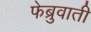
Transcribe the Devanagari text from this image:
फेब्रुवाती